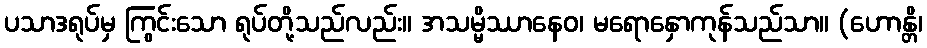
ပသာဒရုပ်မှ ကြွင်းသော ရုပ်တို့သည်လည်း။ အသမ္မိဿာနေဝ၊ မရောနှောကုန်သည်သာ။ (ဟောန္တိ၊